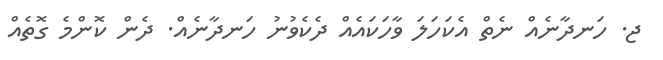
ޖ. ހަނދާނެއް ނެތް އެކަހަލަ ވާހަކައެއް ދެކެވުނު ހަނދާނެއް. ދެން ކޮންމެ ގޮތެއް